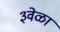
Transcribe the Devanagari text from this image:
३वेळा